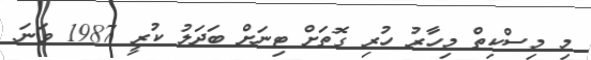
މި މިސްކިތް މިހާރު ހުރި ގޮތަށް ޓިނަށް ބަދަލު ކުރީ 1987 ވަނަ